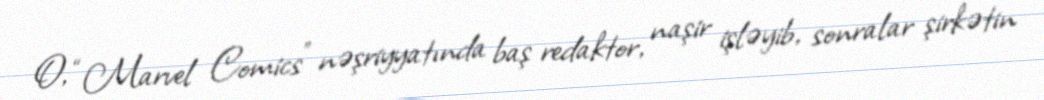
O, “Marvel Comics” nəşriyyatında baş redaktor, naşir işləyib, sonralar şirkətin